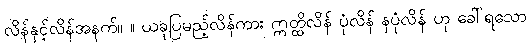
လိန်နှင့်လိန်အနက်။ ။ ယခုပြမည့်လိန်ကား ဣတ္ထိလိန် ပုံလိန် နပုံလိန် ဟု ခေါ်ရသော